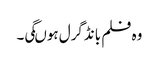
وہ فلم بانڈگرل ہوںگی۔